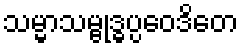
သမ္မာသမ္ဗုဒ္ဓပ္ပဝေဒိတေ